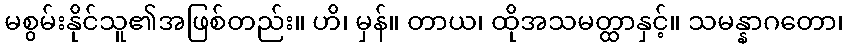
မစွမ်းနိုင်သူ၏အဖြစ်တည်း။ ဟိ၊ မှန်။ တာယ၊ ထိုအသမတ္ထာနှင့်။ သမန္နာဂတော၊